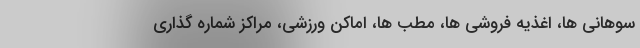
سوهانی ها، اغذیه فروشی ها، مطب ها، اماکن ورزشی، مراکز شماره گذاری